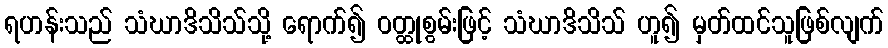
ရဟန်းသည် သံဃာဒိသိသ်သို့ ရောက်၍ ဝတ္ထုစွမ်းဖြင့် သံဃာဒိသိသ် ဟူ၍ မှတ်ထင်သူဖြစ်လျက်